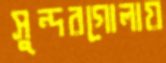
সুন্দরগোলায়